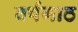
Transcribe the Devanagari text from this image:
वर्षगाठ